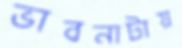
ভাবনাটায়